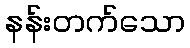
နန်းတက်သော